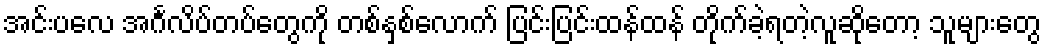
အင်းပလေ အင်္ဂလိပ်တပ်တွေကို တစ်နှစ်လောက် ပြင်းပြင်းထန်ထန် တိုက်ခဲ့ရတဲ့လူဆိုတော့ သူများတွေ